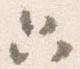
只